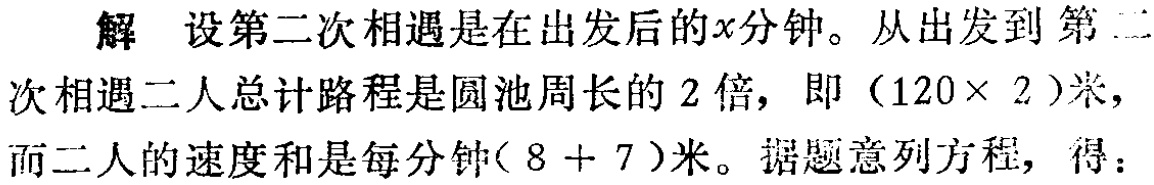
解 设第二次相遇是在出发后的\(x\)分钟。从出发到第二次相遇二人总计路程是圆池周长的\(2\)倍，即\((120\times 2)\)米，而二人的速度和是每分钟\((8 + 7)\)米。据题意列方程，得：